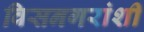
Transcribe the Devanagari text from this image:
विसनगरांशीं